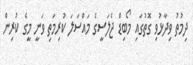
ދިމުތު ވިދާޅުވި ގޮތުގައި މޯބިޑް ޖެލަސީގެ މައްސަލަ ކުރިމަތި ވަނީ މީގެ ކުރިން